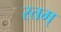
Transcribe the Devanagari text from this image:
रतम्